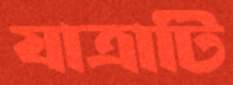
যাত্রাটি